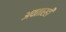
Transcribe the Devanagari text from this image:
अवतारही